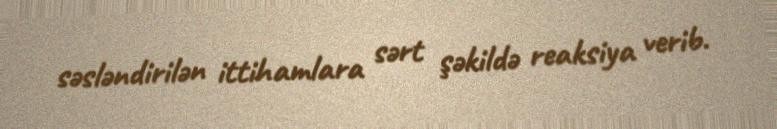
səsləndirilən ittihamlara sərt şəkildə reaksiya verib.